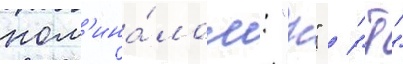
ном'ина́лом: "н" / "т"